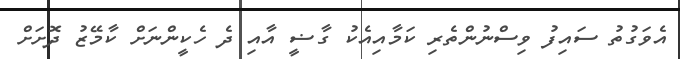
އެވަގުތު ސައިފު ވިސްނުންތެރި ކަމާއިއެކު ގާޟީ އާއި ދެ ހެކީންނަށް ކާމޭޒު ދޮށަށް